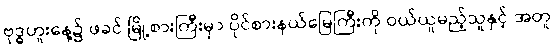
ဗုဒ္ဓဟူးနေ့၌ ဖခင် မြို့စားကြီးမှာ ပိုင်စားနယ်မြေကြီးကို ဝယ်ယူမည့်သူနှင့် အတူ